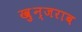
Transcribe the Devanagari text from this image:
ख़ुन्जराब